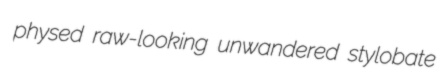
physed raw-looking unwandered stylobate